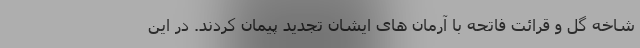
شاخه گل و قرائت فاتحه با آرمان های ایشان تجدید پیمان کردند. در این